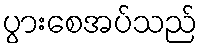
ပွားစေအပ်သည်